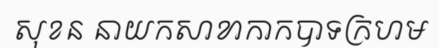
សុខន នាយកសាខាកាកបាទក្រហម